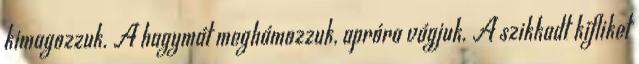
kimagozzuk. A hagymát meghámozzuk, apróra vágjuk. A szikkadt kifliket